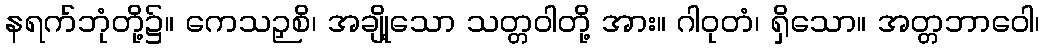
နရက်ဘုံတို့၌။ ကေသဉှစိ၊ အချို့သော သတ္တဝါတို့ အား။ ဂါဝုတံ၊ ရှိသော။ အတ္တဘာဝေါ၊